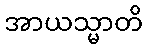
အာယသ္မာတိ